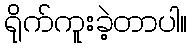
ရိုက်ကူးခဲ့တာပါ။